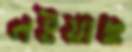
লইয়াছ